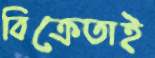
বিক্রেতাই